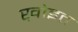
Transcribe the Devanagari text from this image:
ख़ोइत